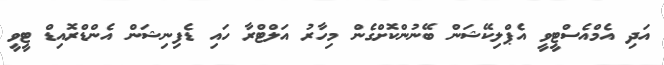
އަދި އެމްއެސްޓީވީ އެޕްލިކޭޝަން ބޭނުންކޮށްގެން މިހާރު އަލްޓްރާ ހައި ޑެފިނިޝަން އެންޑްްރޮއިޑް ޓީވީ